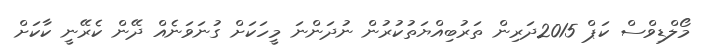
މޯލްޑިވްސް ކަޕް 2015ދަރިން ތަރުބިއްޔަތުކުރުން ނުދަންނަ މީހަކަށް ގުނަވަނެއް ދޭން ކެރޭނީ ކާކަށް